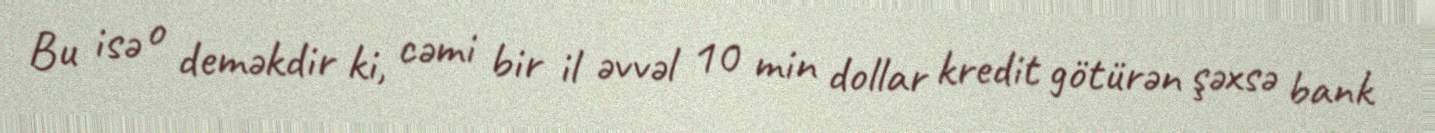
Bu isə o deməkdir ki, cəmi bir il əvvəl 10 min dollar kredit götürən şəxsə bank